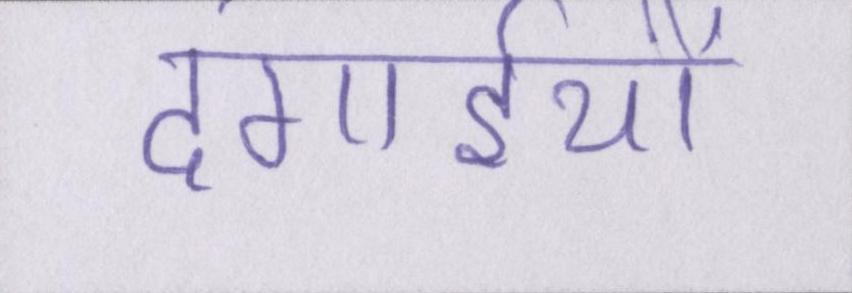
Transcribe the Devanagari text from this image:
दंगाईयो